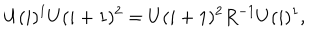
U ( i ) ^ { 1 } U ( i + 1 ) ^ { 2 } = U ( i + 1 ) ^ { 2 } R ^ { - 1 } U ( i ) ^ { 1 } ,